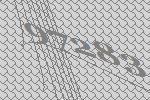
97283